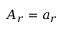
A _ { r } = a _ { r }